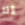
انا